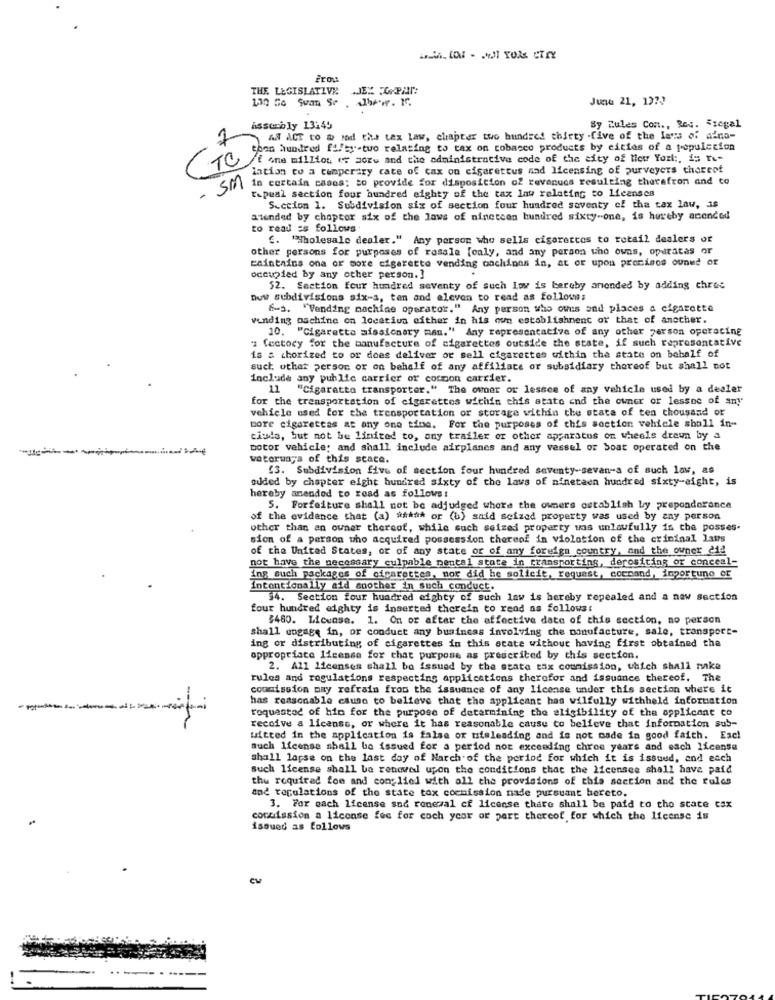
Frou
THE LEGISLATIVE
130 56 Svan Se
June 21, 1224
Assembly 13:45
By Rules Con ., Red. Siegal
7
Al ACT to to med the tax law, chapter two hundred thirty five of the laws of aino-
thon hundred fifty two relating to tax on tobacco products by cities of a population
if one million (F soru and the administrative code of the city of New York :, is re-
lation to a cumpertry cate of cax on cigarettus and licensing of purveyers thereof
- SM
in certain casos: to provide for disposition o2 revenues resulting therefron and co
tipeal section four hundred eighty of the tax law relating to licenses
Succion 1. Subdivision six of section four hundred seventy of the tax law, as
atended by chapter six of the laws of nineteen hundred sixty-one, is hereby acendeu
to read as follows
. "Wholesale dealer." Any person who sells cigarettes to retail dealers or
other persons for purposes of resale [only, and any person who owns, operatas or
Eaintains ona or more cigarette vending cochinos in, at or upon precisos ounud of
occupied by any other person.]
52. Section four hundred seventy of such Low is bereby amended by adding chrec
Duw subdivisions six-a, ten and eleven to read as follows
6-9. "Vending machine operator." Any person who owns and places a cigarette
vinding machine on location either in his own establishment of that of another.
10. "Cigaretta missionary man." Any representative of any other person operating
" factory for the manufacture of cigarettes outside the state, if such representative
is & chorized to or does deliver or sell cigarettes within the state on behalf of
suct other person or on behalf of any affiliate or subsidiary thereof but shall not
include any public carrier or common carrier.
11
"Cigaretta transporter." The owner or lessce of any Vehicle used by a dealer
for the transportation of cigarettes within this state and the owner or lessne of any
vehicle used for the transportation or storage within the state of ten thousand or
core cigarettas at any one time. For the purposes of this section vehicle shall in-
ciodo, but not be limited to, any trailer or other apparatus on wheels drawn by a
motor vehicle; and shall include airplanes and any vessel or Soat operated on the
waterways of this scare.
{3. Subdivision five of section four hundred seventy-sevan-s of such law, as
ouded by chapter eight hundred sixty of the laws of nineteen hundred sixty-eight, is
hereby amended to read as follows!
5. Forfaiture shall not be adjudged where the owners establish by preponderance
of the evidence that (a) ##### or (u) said seized property was used by any person
other than an owner thereof, while such seized property was unlawfully is the posses-
sion of a person who acquired possession thereof in violation of the criminal laws
of the United States, or of any state or of any foreign country, and the owner did
not have the necessary culpable pental state in transporting, derositing or conceal-
ing much packages of cigarettes, nor did he solicit, request, cocoand, inportuno er
intentionally aid another in such conduct.
54. Section four hundred eighty of such law is hereby repealed and a new section
four hundred eighty is inserted therein to rend as follows:
$480. License. 1. On or after the affective date of this section, no person
shall engage in, or conduct any business involving the manufacture, sale, transport-
ing or distributing of cigarettes in this state without having first obtained the
appropriate license for that purpose as prescribed by this section.
2. All licenses shall be issued by the state tax commission, which shall make
rules and regulations respecting applications therofor and issuance thereof. The
commission may refrain from the issuance of any license under this section where it
has reasonable cause to believe that the applicant bas wilfully withheld information
roquantod of him for the purpose of determining the eligibility of the applicant co
receive a license, or where it has reasonable cause to believe that information sub-
uitted in the application is false or misleading and is not made in good faith. Esc!
such license shall be issued for a period not exceeding three years and each license
shall lapse on the last day of March of the period for which it is issued, and each
such license shall be renewed upon the conditions that the licensee shall have paid
thu required foe and con;lied with all the provisions of this section and the rules
and regulations of the state tox cocmission nade pursuant bereto.
3. For each license sod renewal cf license thate shall be paid to the state cax
commission a license fec for coch ycor or part thereof for which the license is
issued as follows
eu